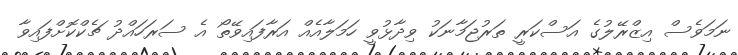
ނަމަވެސް އިޒްރޭލުގެ އަސްކަރީ ތަރުޖަމާނަކު ވިދާޅުވީ ހަމަލާއެއް އަރާފައިވޭތޯ އެ ސަރަހައްދު ޗެކްކޮށްފައިވާ